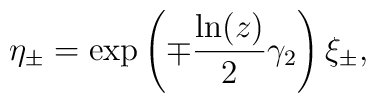
\eta _{\pm }=\exp \left(\mp \frac{\ln (z)}{2}\gamma _{2}\right)\xi _{\pm },